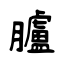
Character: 臚